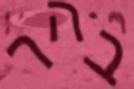
בהר